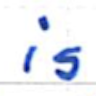
Text: is
Cross-out: clean
Writing tool: ballpoint